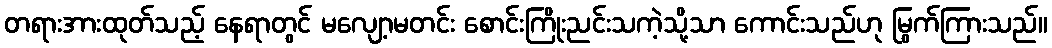
တရားအားထုတ်သည့် နေရာတွင် မလျော့မတင်း စောင်းကြိုးညင်းသကဲ့သို့သာ ကောင်းသည်ဟု မြွက်ကြားသည်။